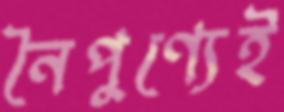
নৈপুণ্যেই